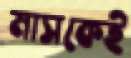
মাসকেই